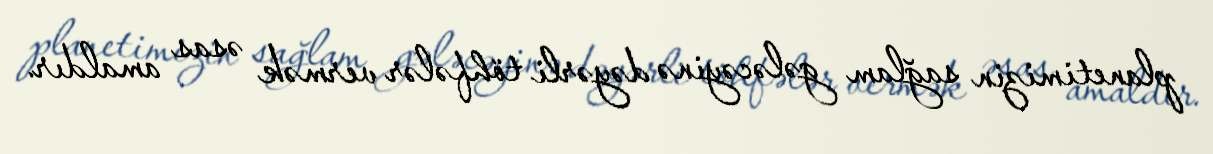
planetimizin sağlam gələcəyinə dəyərli töhfələr vermək əsas amaldır.